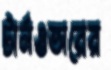
টার্নওভারের